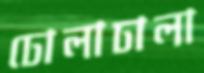
ঢোলাঢালা